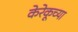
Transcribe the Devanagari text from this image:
केरेकूच्या